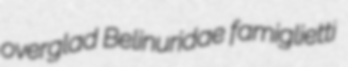
overglad Belinuridae famiglietti